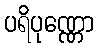
ပရိပုဏ္ဏော